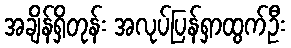
အချိန်ရှိတုန်း အလုပ်ပြန်ရှာထွက်ဦး